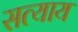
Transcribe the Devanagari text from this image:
सत्याय